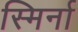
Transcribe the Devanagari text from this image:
स्मिर्ना